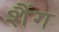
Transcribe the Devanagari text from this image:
शैंग